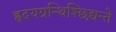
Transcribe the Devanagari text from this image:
हृदयग्रन्थिश्छिद्यन्ते